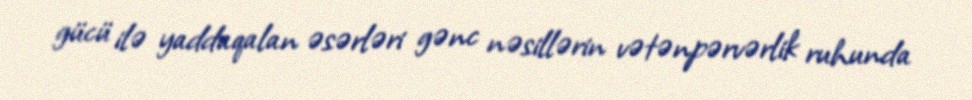
gücü ilə yaddaqalan əsərləri gənc nəsillərin vətənpərvərlik ruhunda